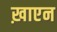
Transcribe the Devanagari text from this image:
ख़ाएन